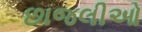
છાજલીઓ